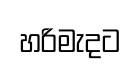
හරිමැදට